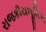
રાજકીયભૂમિકા